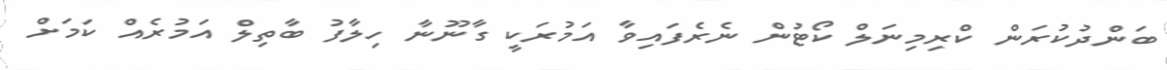
ބަންދުކުރަން ކްރިމިނަލް ކޯޓުން ނެރެފައިވާ އަމުރަކީ ގާނޫނާ ހިލާފު ބާތިލް އަމުރެއް ކަމަށް